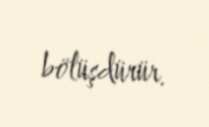
bölüşdürür.